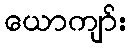
ယောကျာ်း